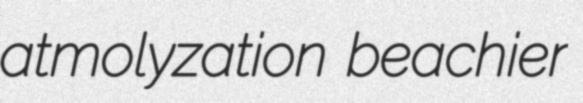
atmolyzation beachier